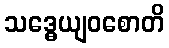
သဒ္ဓေယျဝစောတိ